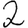
Digit: 2